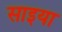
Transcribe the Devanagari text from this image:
साइया